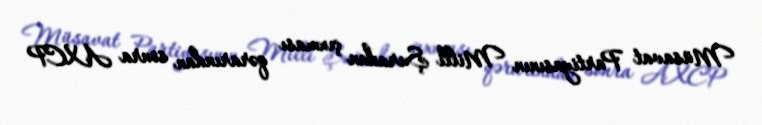
Müsavat Partiyasının Milli Şuradan çıxması qərarından sonra AXCP